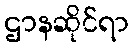
ဌာနဆိုင်ရာ